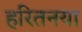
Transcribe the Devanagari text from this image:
हरितनया